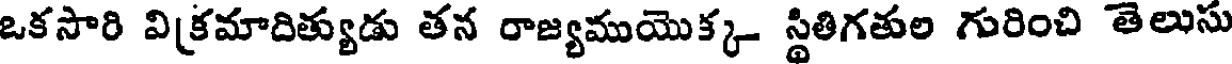
ఒకసారి విక్రమాదిత్యుడు తన రాజ్యముయొక్క స్థితిగతుల గురించి తెలుసు